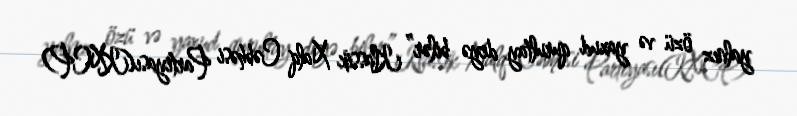
yalnız özü və yaxud qurultay deyə bilər” Klassik Xalq Cəbhəsi Partiyası(KXCP)